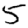
Digit: 5